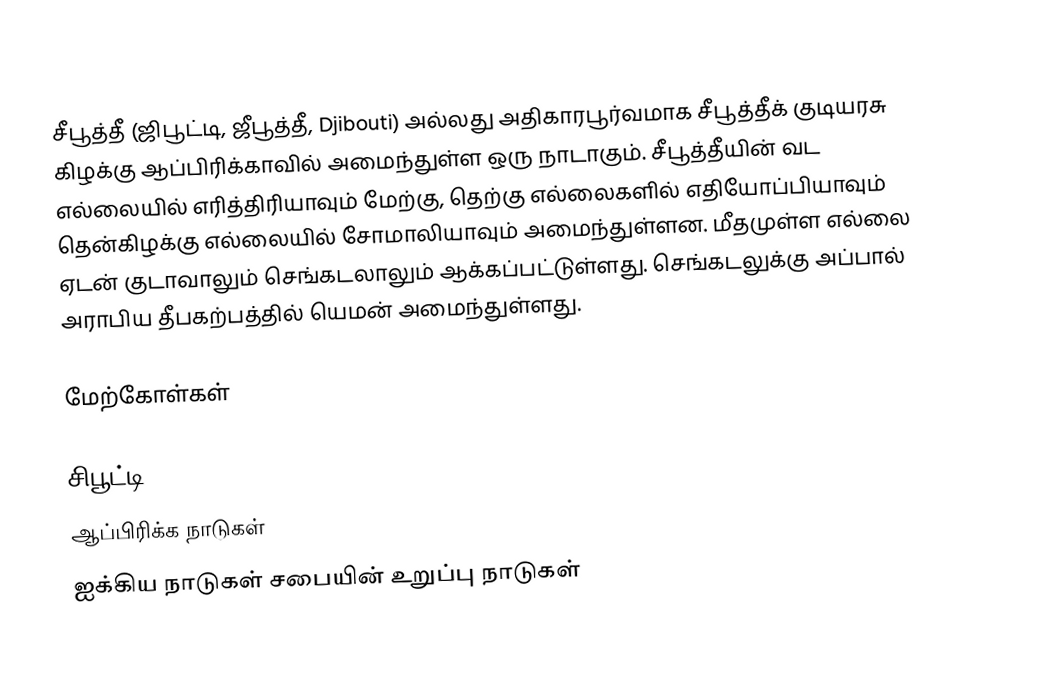
சீபூத்தீ (ஜிபூட்டி, ஜீபூத்தீ, Djibouti) அல்லது அதிகாரபூர்வமாக சீபூத்தீக் குடியரசு கிழக்கு ஆப்பிரிக்காவில் அமைந்துள்ள ஒரு நாடாகும். சீபூத்தீயின் வட எல்லையில் எரித்திரியாவும்  மேற்கு, தெற்கு எல்லைகளில்  எதியோப்பியாவும் தென்கிழக்கு எல்லையில் சோமாலியாவும் அமைந்துள்ளன. மீதமுள்ள எல்லை ஏடன் குடாவாலும் செங்கடலாலும் ஆக்கப்பட்டுள்ளது. செங்கடலுக்கு அப்பால் அராபிய தீபகற்பத்தில் யெமன் அமைந்துள்ளது.

மேற்கோள்கள்

சிபூட்டி
ஆப்பிரிக்க நாடுகள்
ஐக்கிய நாடுகள் சபையின் உறுப்பு நாடுகள்